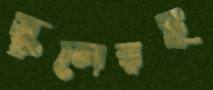
স্কুলেরই